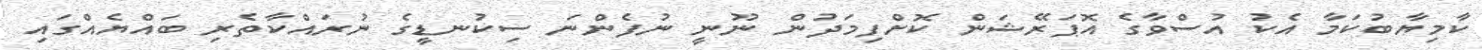
ކާމިޔާބުކަމާ އެކު އުސްވާގެ އޮޕަރޭޝަން ކޮށްފިމަދުން ނޫނީ ނުފެންނަ ސިކުނޑީގެ ނުރައްކާތެރި ބައްޔެއްގައި